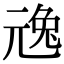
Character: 𠒢